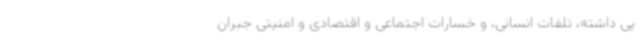
پی داشته، تلفات انسانی، و خسارات اجتماعی و اقتصادی و امنیتی جبران